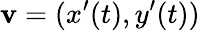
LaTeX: \mathbf{v}=(x^{\prime}(t),y^{\prime}(t))